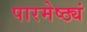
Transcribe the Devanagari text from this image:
पारमेष्ठ्यं